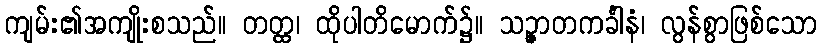
ကျမ်း၏အကျိုးစသည်။ တတ္ထ၊ ထိုပါတိမောက်၌။ သဉ္ဇာတကင်္ခါနံ၊ လွန်စွာဖြစ်သော